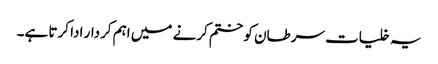
یہ خلیات سرطان کو ختم کرنے میں اہم کردار ادا کرتا ہے۔